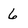
Character: 6